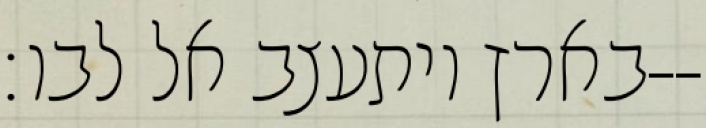
בארץ ויתעצב אל לבו׃--